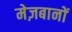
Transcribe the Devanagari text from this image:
मेज़बानों